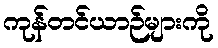
ကုန်တင်ယာဉ်များကို